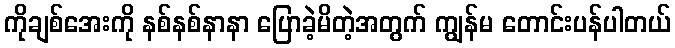
ကိုချစ်အေးကို နစ်နစ်နာနာ ပြောခဲ့မိတဲ့အတွက် ကျွန်မ တောင်းပန်ပါတယ်